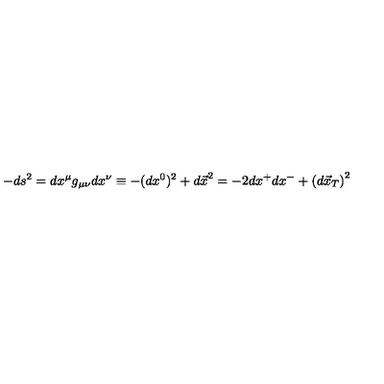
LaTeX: - d s ^ { 2 } = d x ^ { \mu } g _ { \mu \nu } d x ^ { \nu } \equiv - ( d x ^ { 0 } ) ^ { 2 } + { d \vec { x } } ^ { 2 } = - 2 d x ^ { + } d x ^ { - } + \left( d \vec { x } _ { T } \right) ^ { 2 }